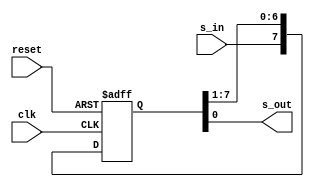
module freerun_shift_reg
  #(parameter N=8)
  (
    input wire clk, reset,
    input wire s_in,
    output wire s_out
  );

  reg [N-1:0] r_reg;
  wire [N-1:0] r_next;

  always @(posedge clk, posedge reset)
    if (reset)
      r_reg <= 0;
    else
      r_reg <= r_next;

  // next state logic: 1-bit shifter
  assign r_next = {s_in, r_reg[N-1:1]};

  assign s_out = r_reg[0];

endmodule